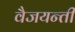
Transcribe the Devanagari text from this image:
वैजयन्‍ती